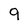
Character: 9